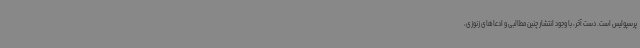
پرسپولیس است. دست آخر، با وجود انتشار چنین مطالبی و ادعاهای زنوزی،